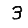
Digit: 3